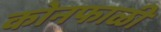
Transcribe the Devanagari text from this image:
कोनफाळी